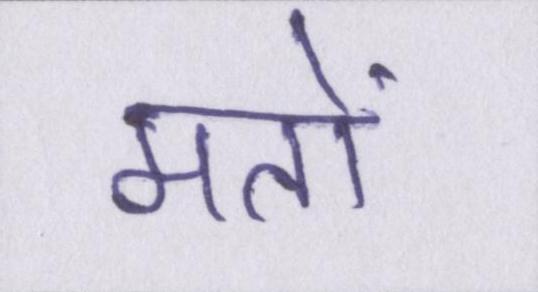
मतों